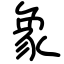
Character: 象